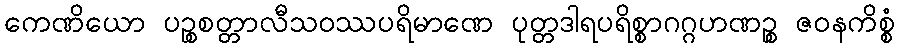
ကေဏိယော ပဉ္စစတ္တာလီသဝဿပရိမာဏေ ပုတ္တဒါရပရိစ္စာဂဂ္ဂဟဏဉ္စ ဇဝနကိစ္စံ